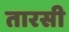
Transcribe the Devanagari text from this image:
तारसी